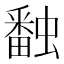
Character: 𧑪